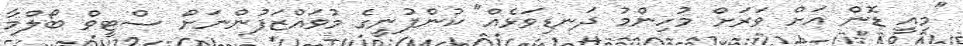
"މިއީ ޑޮން އަށް ވަރަށް މުހިންމު ދަނޑިވަޅެއް" ކުންފުނީގެ މުވައްޒަފުންނަށް ސްޓީވް ބޯލްމާ